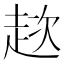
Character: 趑